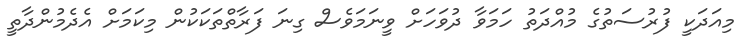
މިއަދަކީ ފުރުސަތުގެ މުއްދަތު ހަމަވާ ދުވަހަށް ވީނަމަވެސް ގިނަ ފަރާތްތަކަކުން މިކަމަށް އެދެމުންދާތީ